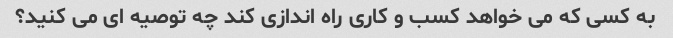
به کسی که می خواهد کسب و کاری راه اندازی کند چه توصیه ای می کنید؟